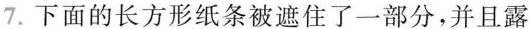
7.下面的长方形纸条被遮住了一部分，并且露